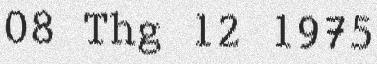
08 Thg 12 1975